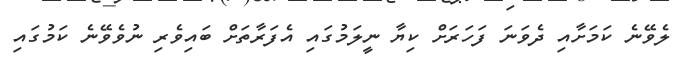
ލެވޭނެ ކަމަށާއި ދެވަނަ ފަހަރަށް ކިޔާ ނީލަމުގައި އެފަރާތަށް ބައިވެރި ނުވެވޭނެ ކަމުގައި